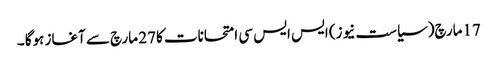
17مارچ(سیاست نیوز) ایس ایس سی امتحانات کا 27 مارچ سے آغاز ہوگا ۔